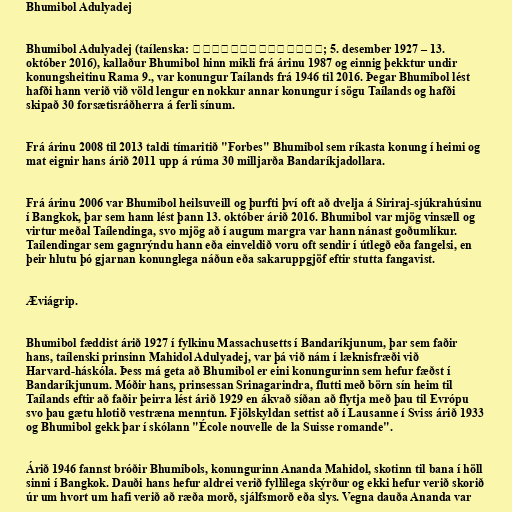
Bhumibol Adulyadej

Bhumibol Adulyadej (taílenska: ภูมิพลอดุลยเดช; 5. desember 1927 – 13.
október 2016), kallaður Bhumibol hinn mikli frá árinu 1987 og einnig þekktur undir
konungsheitinu Rama 9., var konungur Taílands frá 1946 til 2016. Þegar Bhumibol lést
hafði hann verið við völd lengur en nokkur annar konungur í sögu Taílands og hafði
skipað 30 forsætisráðherra á ferli sínum.

Frá árinu 2008 til 2013 taldi tímaritið "Forbes" Bhumibol sem ríkasta konung í heimi og
mat eignir hans árið 2011 upp á rúma 30 milljarða Bandaríkjadollara.

Frá árinu 2006 var Bhumibol heilsuveill og þurfti því oft að dvelja á Siriraj-sjúkrahúsinu
í Bangkok, þar sem hann lést þann 13. október árið 2016. Bhumibol var mjög vinsæll og
virtur meðal Taílendinga, svo mjög að í augum margra var hann nánast goðumlíkur.
Taílendingar sem gagnrýndu hann eða einveldið voru oft sendir í útlegð eða fangelsi, en
þeir hlutu þó gjarnan konunglega náðun eða sakaruppgjöf eftir stutta fangavist.

Æviágrip.

Bhumibol fæddist árið 1927 í fylkinu Massachusetts í Bandaríkjunum, þar sem faðir
hans, taílenski prinsinn Mahidol Adulyadej, var þá við nám í læknisfræði við
Harvard-háskóla. Þess má geta að Bhumibol er eini konungurinn sem hefur fæðst í
Bandaríkjunum. Móðir hans, prinsessan Srinagarindra, flutti með börn sín heim til
Taílands eftir að faðir þeirra lést árið 1929 en ákvað síðan að flytja með þau til Evrópu
svo þau gætu hlotið vestræna menntun. Fjölskyldan settist að í Lausanne í Sviss árið 1933
og Bhumibol gekk þar í skólann "École nouvelle de la Suisse romande".

Árið 1946 fannst bróðir Bhumibols, konungurinn Ananda Mahidol, skotinn til bana í höll
sinni í Bangkok. Dauði hans hefur aldrei verið fyllilega skýrður og ekki hefur verið skorið
úr um hvort um hafi verið að ræða morð, sjálfsmorð eða slys. Vegna dauða Ananda var